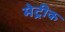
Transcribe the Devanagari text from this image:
मेट्रीक